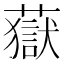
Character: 𧀀